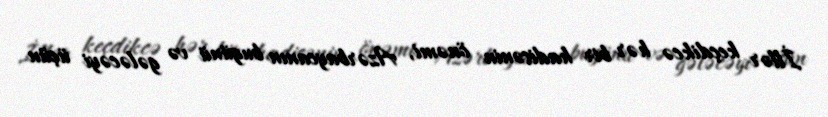
İllər keçdikcə hər bir hadisənin önəmi, Azərbaycanın bugünü və gələcəyi üçün